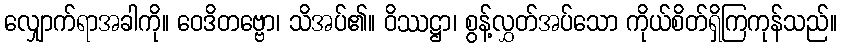
လျှောက်ရာအခါကို။ ဝေဒိတဗ္ဗော၊ သိအပ်၏။ ဝိဿဋ္ဌာ၊ စွန့်လွှတ်အပ်သော ကိုယ်စိတ်ရှိကြကုန်သည်။